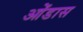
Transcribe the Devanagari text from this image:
ओंडास